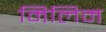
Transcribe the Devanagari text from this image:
मिलिम